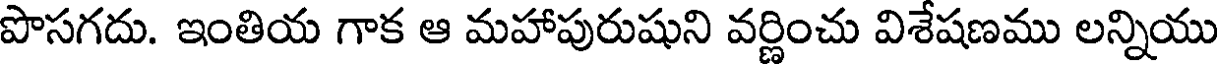
పొసగదు. ఇంతియ గాక ఆ మహాపురుషుని వర్ణించు విశేషణము లన్నియు